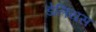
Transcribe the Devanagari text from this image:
डेलियस